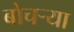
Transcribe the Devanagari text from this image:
बोचर्‍या